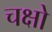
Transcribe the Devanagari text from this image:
चक्षो